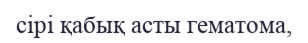
сірі қабық асты гематома,